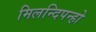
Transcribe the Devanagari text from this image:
मिलन्दिपन्हो